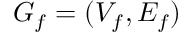
G _ { f } = ( V _ { f } , E _ { f } )